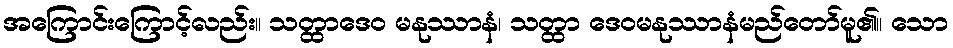
အကြောင်းကြောင့်လည်း။ သတ္ထာဒေဝ မနုဿာနံ၊ သတ္ထာ ဒေဝမနုဿာနံမည်တော်မူ၏။ သော